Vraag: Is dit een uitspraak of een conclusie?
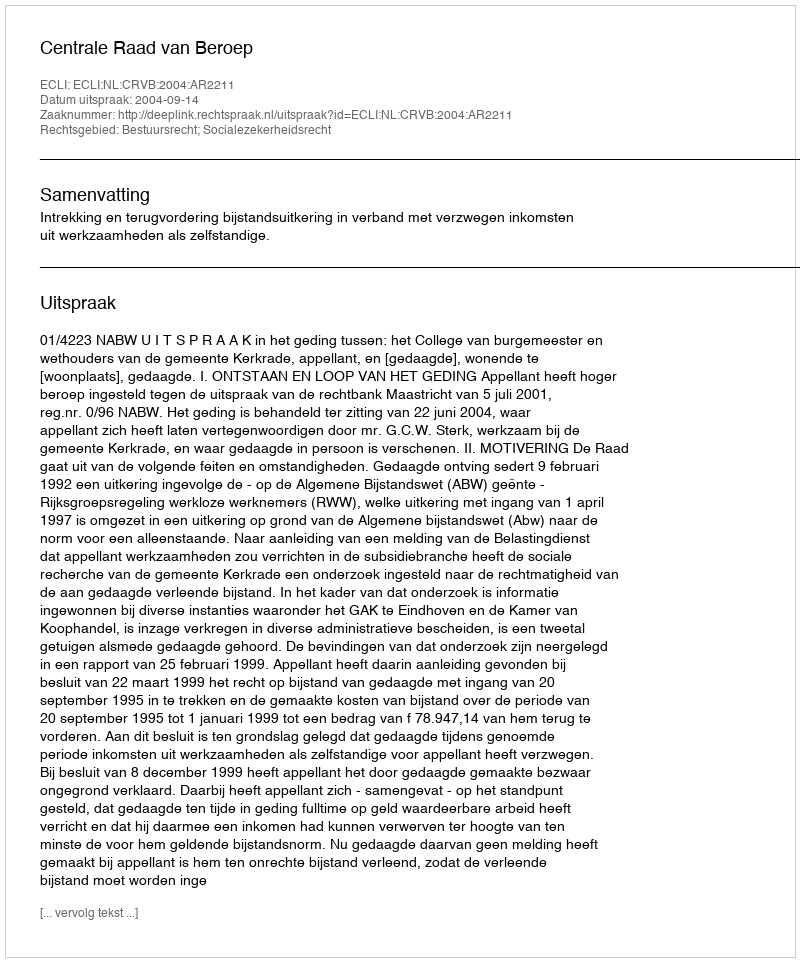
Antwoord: Uitspraak